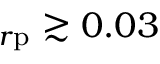
_ { r \mathrm { p } } \gtrsim 0 . 0 3